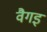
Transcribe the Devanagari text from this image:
वैगइ